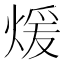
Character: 煖